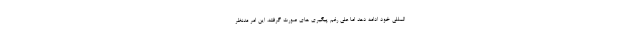
المللی خود ادامه دهد اما علی رغم پیگیری های صورت گرفته، این امر مدنظر